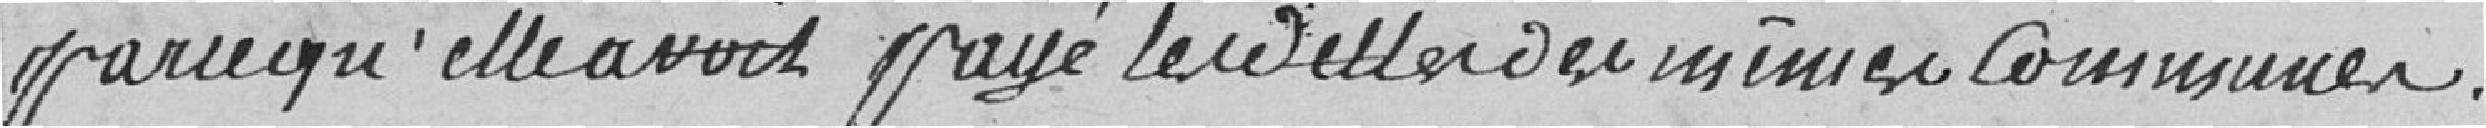
parcequ'elle avait payé les dettes des mêmes communes.